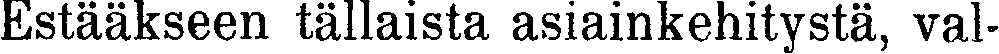
Estääkseen tällaista asiainkehitystä, val-